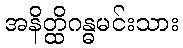
အနိတ္ထိဂန္ဓမင်းသား